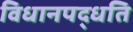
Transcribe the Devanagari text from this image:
विधानपद्धति